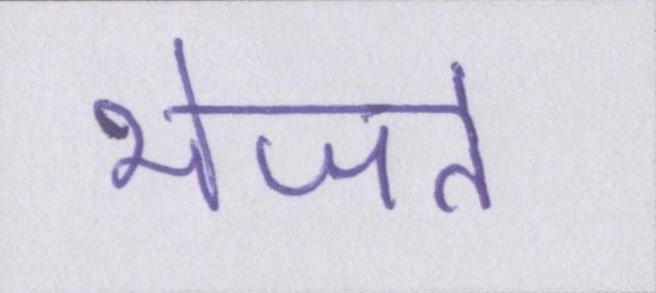
भेजते